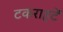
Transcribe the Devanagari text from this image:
टकराहटें